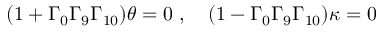
( 1 + \Gamma _ { 0 } \Gamma _ { 9 } \Gamma _ { 1 0 } ) \theta = 0 \ , \quad ( 1 - \Gamma _ { 0 } \Gamma _ { 9 } \Gamma _ { 1 0 } ) \kappa = 0